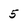
Character: 5